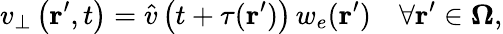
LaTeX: v_{\bot}\left(\textbf{r}^{\prime},t\right)=\hat{v}\left(t+\tau(\textbf{r}^{\prime})\right)\, w_{e}(\textbf{r}^{\prime})\quad\forall\textbf{r}^{\prime}\in\mathbf{\Omega},